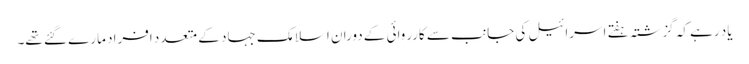
یاد رہے کہ گزشتہ ہفتے اسرائیل کی جانب سے کارروائی کے دوران اسلامک جہاد کے متعدد افراد مارے گئے تھے۔